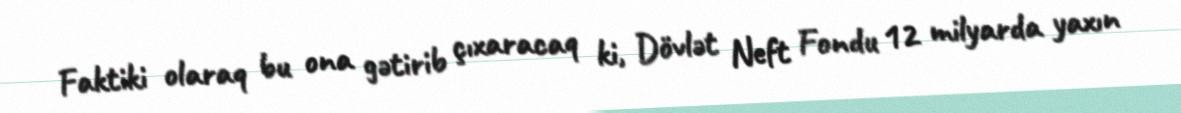
Faktiki olaraq bu ona gətirib çıxaracaq ki, Dövlət Neft Fondu 12 milyarda yaxın